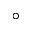
^ \circ